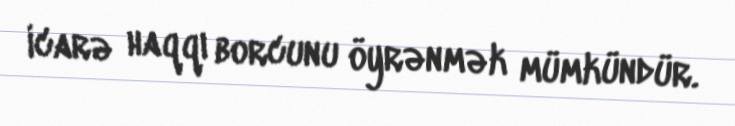
icarə haqqı borcunu öyrənmək mümkündür.